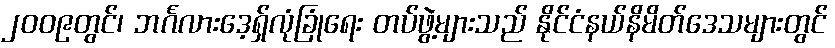
၂၀၀၉တွင်၊ ဘင်္ဂလားဒေ့ရှ်လုံခြုံရေး တပ်ဖွဲ့များသည် နိုင်ငံနယ်နိမိတ်ဒေသများတွင်